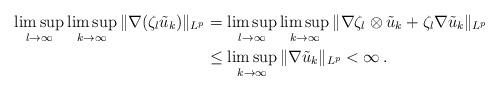
LaTeX: \begin{align*}\limsup_{l\to\infty}\limsup_{k\to\infty}\|\nabla(\zeta_l\tilde u_k)\|_{L^p} &= \limsup_{l\to\infty}\limsup_{k\to\infty}\|\nabla\zeta_l\otimes\tilde u_k + \zeta_l\nabla\tilde u_k\|_{L^p}\\&\leq \limsup_{k\to\infty}\|\nabla\tilde u_k\|_{L^p} < \infty\,.\end{align*}